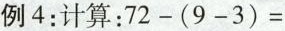
例4：计算：$$72-(9-3)=$$